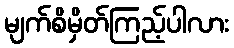
မျက်စိမှိတ်ကြည့်ပါလား